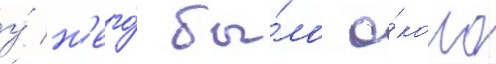
у́ н'его́ бы́ло о́коло